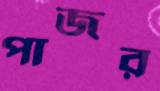
পাজর